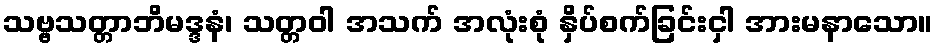
သဗ္ဗသတ္တာဘိမဒ္ဒနံ၊ သတ္တဝါ အသက် အလုံးစုံ နှိပ်စက်ခြင်းငှါ အားမနာသော။